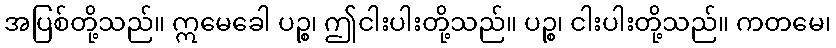
အပြစ်တို့သည်။ ဣမေခေါ ပဉ္စ၊ ဤငါးပါးတို့သည်။ ပဉ္စ၊ ငါးပါးတို့သည်။ ကတမေ၊